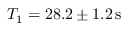
T _ { 1 } = 2 8 . 2 \pm 1 . 2 \mathrm { \, s }